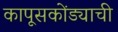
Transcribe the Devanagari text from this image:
कापूसकोंड्याची